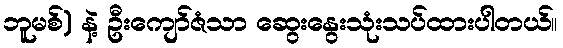
ဘူမစ်) နဲ့ ဦးကျော်ဇံသာ ဆွေးနွေးသုံးသပ်ထားပါတယ်။